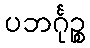
ပဘင်္ဂုဉ္စ